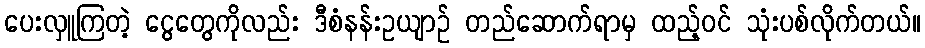
ပေးလှူကြတဲ့ ငွေတွေကိုလည်း ဒီစံနန်းဥယျာဉ် တည်ဆောက်ရာမှ ထည့်ဝင် သုံးပစ်လိုက်တယ်။